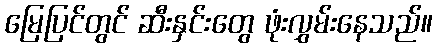
မြေပြင်တွင် ဆီးနှင်းတွေ ဖုံးလွှမ်းနေသည်။